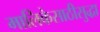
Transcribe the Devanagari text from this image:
मालिकेसाठीसुद्धा